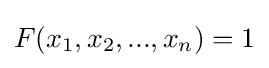
F(x_{1},x_{2},...,x_{n})=1